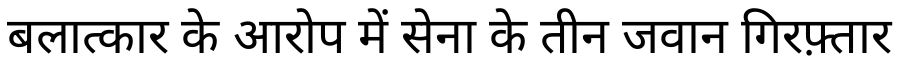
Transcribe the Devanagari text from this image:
बलात्कार के आरोप में सेना के तीन जवान गिरफ़्तार